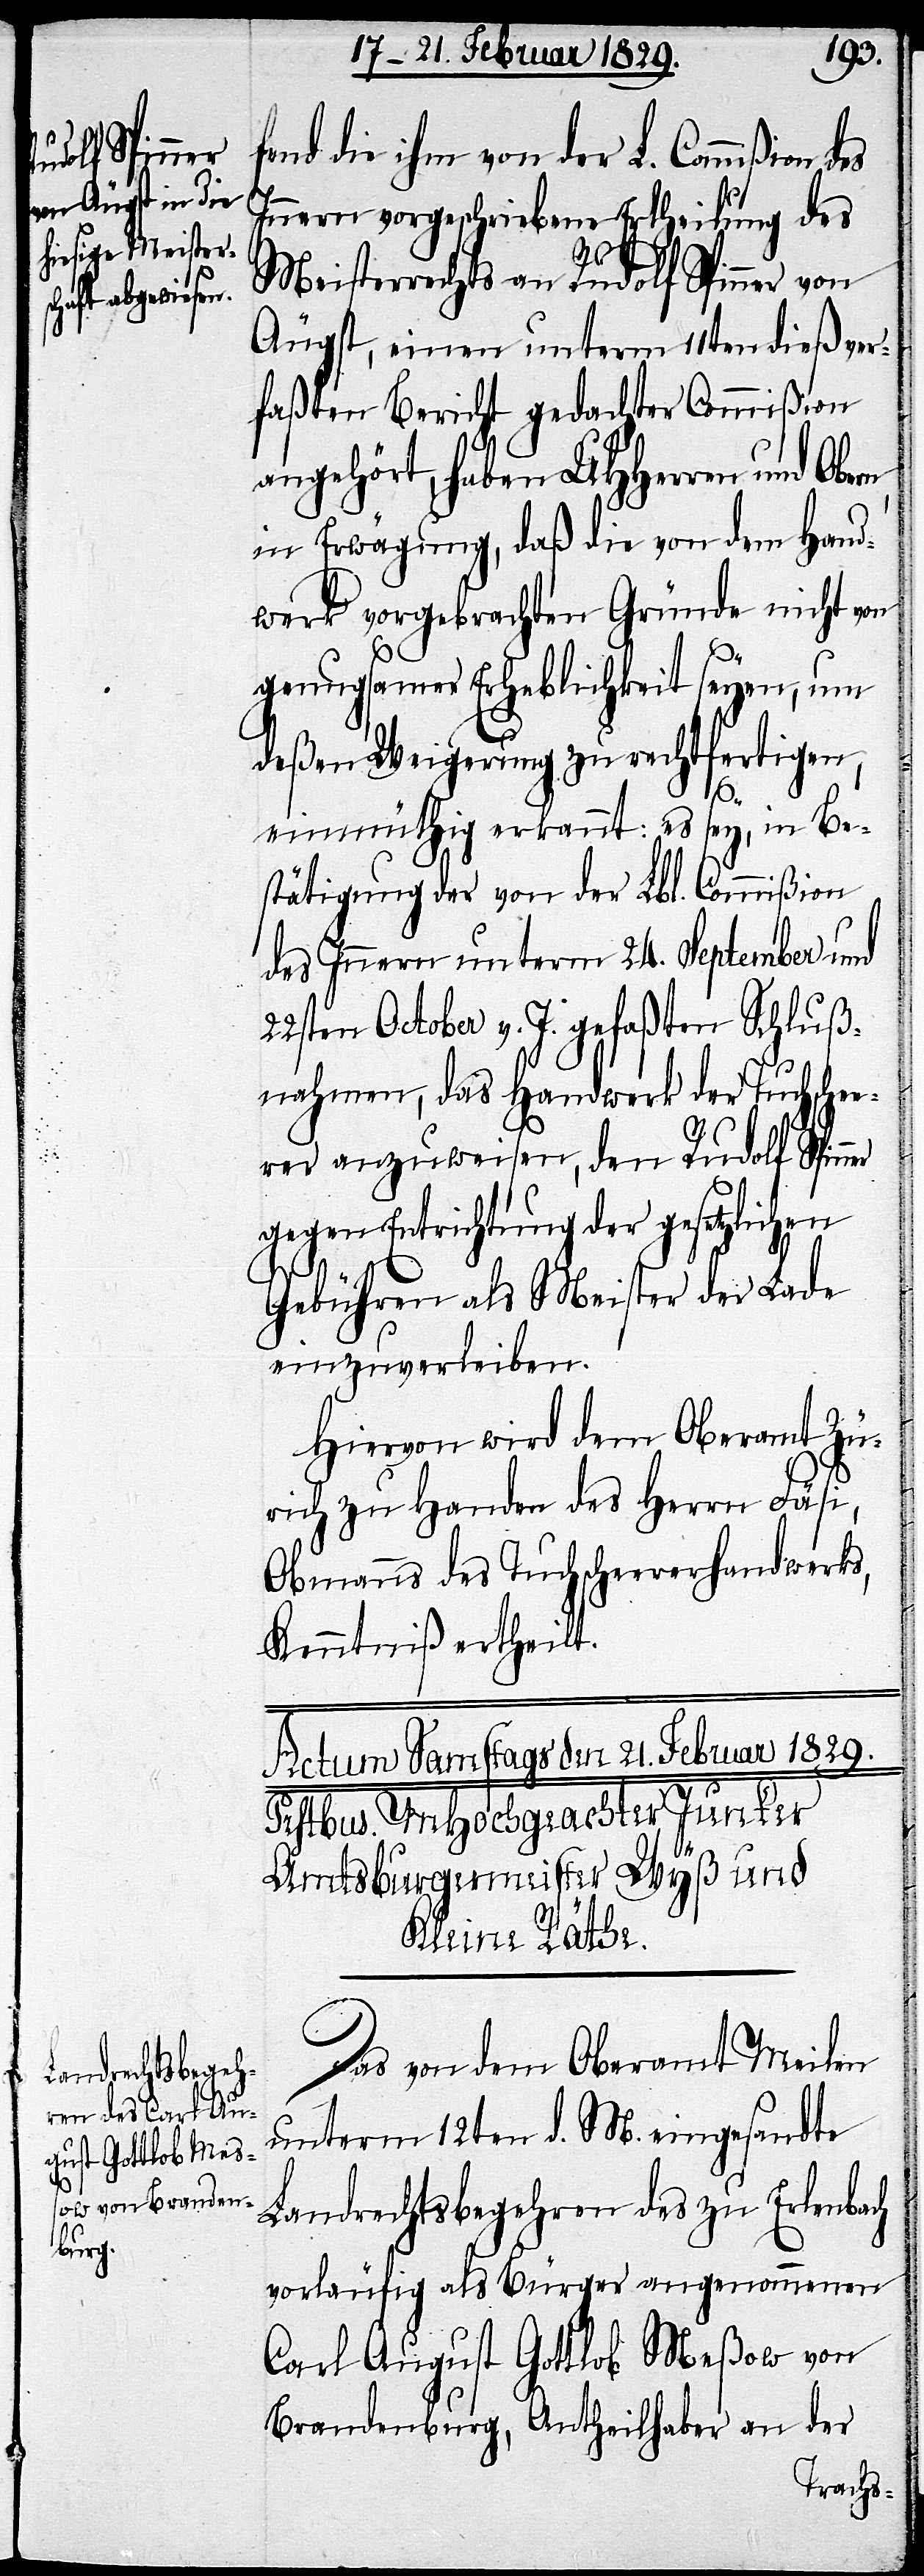
ner

fend die ihm von der L. Commißion
Innern vorgeschriebene Ertheilung des
Meisterrechts an Rudolf Spinner von
Äugst, einen unterm 11ten dieß ver¬
faßten Bericht gedachter Commißion
angehört, haben UHHerren und Obern
in Erwägung, daß die von dem Hand¬
werk vorgebrachten Gründe nicht von
genugsamer Erheblichkeit seyen, um
deßen Weigerung zu rechtfertigen,
einmüthig erkannt: es sey, in Be¬
stätigung der von der Lbl. Commißion
des Innern unterm 24. September und
22sten October v. J. gefaßten Schluß¬
nahmen, das Handwerk der Tuchschee¬
rer anzuweisen, den Rudolf Spin¬
gegen Entrichtung der gesetzlichen
Gebühren als Meister der Lade
einzuverleiben.
Hiervon wird dem Oberamt Zü¬
rich zu Handen des Herrn Fäsi,
Obmanns des Tuchscheererhandwerks,
Das von dem Oberamt Meilen
unterm 12ten d. M. eingesandte
Landrechtsbegehren des zu Erlenbach
vorläufig als Bürger angenommenen
Carl August Gottlob Meßow von
Brandenburg, Antheilhaber an der